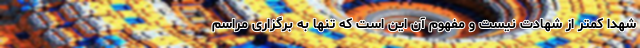
شهدا کمتر از شهادت نیست و مفهوم آن این است که تنها به برگزاری مراسم